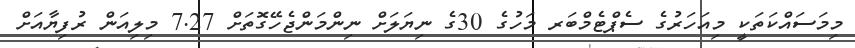
މިމަސައްކަތަކީ މިއަހަރުގެ ސެޕްޓެމްބަރ މަހުގެ 30ގެ ނިޔަލަށް ނިންމަންޖެހޭގޮތަށް 7.27 މިލިއަން ރުފިޔާއަށް